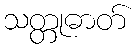
သတ္တုဓာတ်